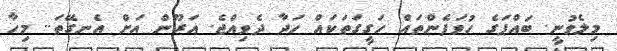
މިލެވުނީ. ބައްޕަގެ ހުވަފެންތައް ހަގީގަތަކައް ހަދާ ދެވިއްޖެ. އަރޫން އަށް އެނގޭތަ.. މިހާ